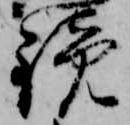
鏡